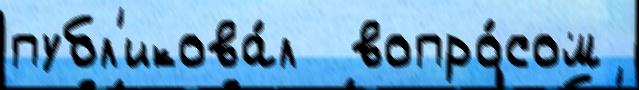
публ'икова́л  вопро́сом